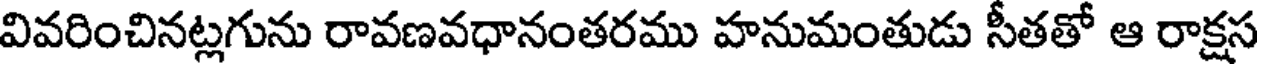
వివరించినట్లగును రావణవధానంతరము హనుమంతుడు సీతతో ఆ రాక్షస